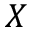
X